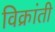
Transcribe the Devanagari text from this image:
विक्रांती